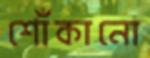
শোঁকানো